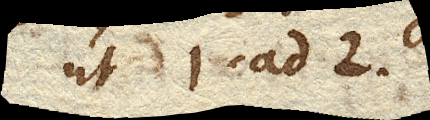
ut 1. ad 2.